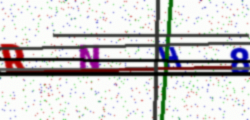
Text: RNH8